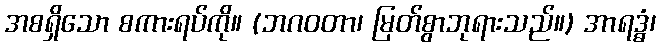
အစရှိသော စကားရပ်ကို။ (ဘဂဝတာ၊ မြတ်စွာဘုရားသည်။) အာရဒ္ဓံ၊